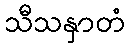
သီသနှာတံ